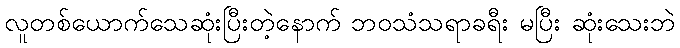
လူတစ်ယောက်သေဆုံးပြီးတဲ့နောက် ဘဝသံသရာခရီး မပြီး ဆုံးသေးဘဲ